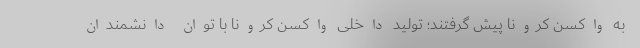
به واکسن کرونا پیش گرفتند؛ تولید داخلی واکسن کرونا با توان دانشمندان